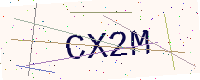
Text: CX2M